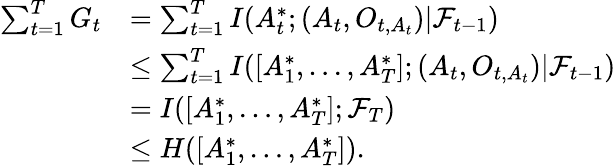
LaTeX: \begin{array}{rl}{\sum_{t=1}^{T}G_{t}}&{=\sum_{t=1}^{T}I(A_{t}^{*};(A_{t},O_{t,A_{t}})|\mathcal{F}_{t-1})}\\ &{\leq\sum_{t=1}^{T}I([A_{1}^{*},\ldots,A_{T}^{*}];(A_{t},O_{t,A_{t}})|\mathcal{F}_{t-1})}\\ &{=I([A_{1}^{*},\ldots,A_{T}^{*}];\mathcal{F}_{T})}\\ &{\leq H([A_{1}^{*},\ldots,A_{T}^{*}]).}\end{array}